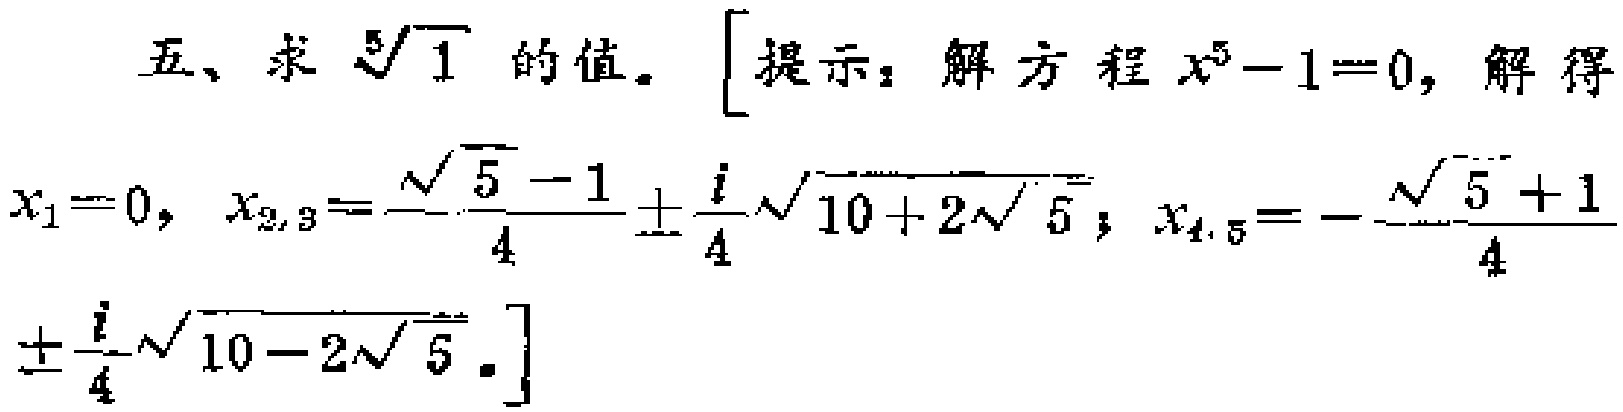
五、求\(\sqrt[5]{1}\)的值。\(\left[\text{提示：解方程}x^{5} - 1 = 0,\text{解得}x_{1} = 0, x_{2,3} = \frac{\sqrt{5} - 1}{4} \pm \frac{i}{4}\sqrt{10 + 2\sqrt{5}}; x_{4,5} = - \frac{\sqrt{5} + 1}{4} \pm \frac{i}{4}\sqrt{10 - 2\sqrt{5}}.\right]\)